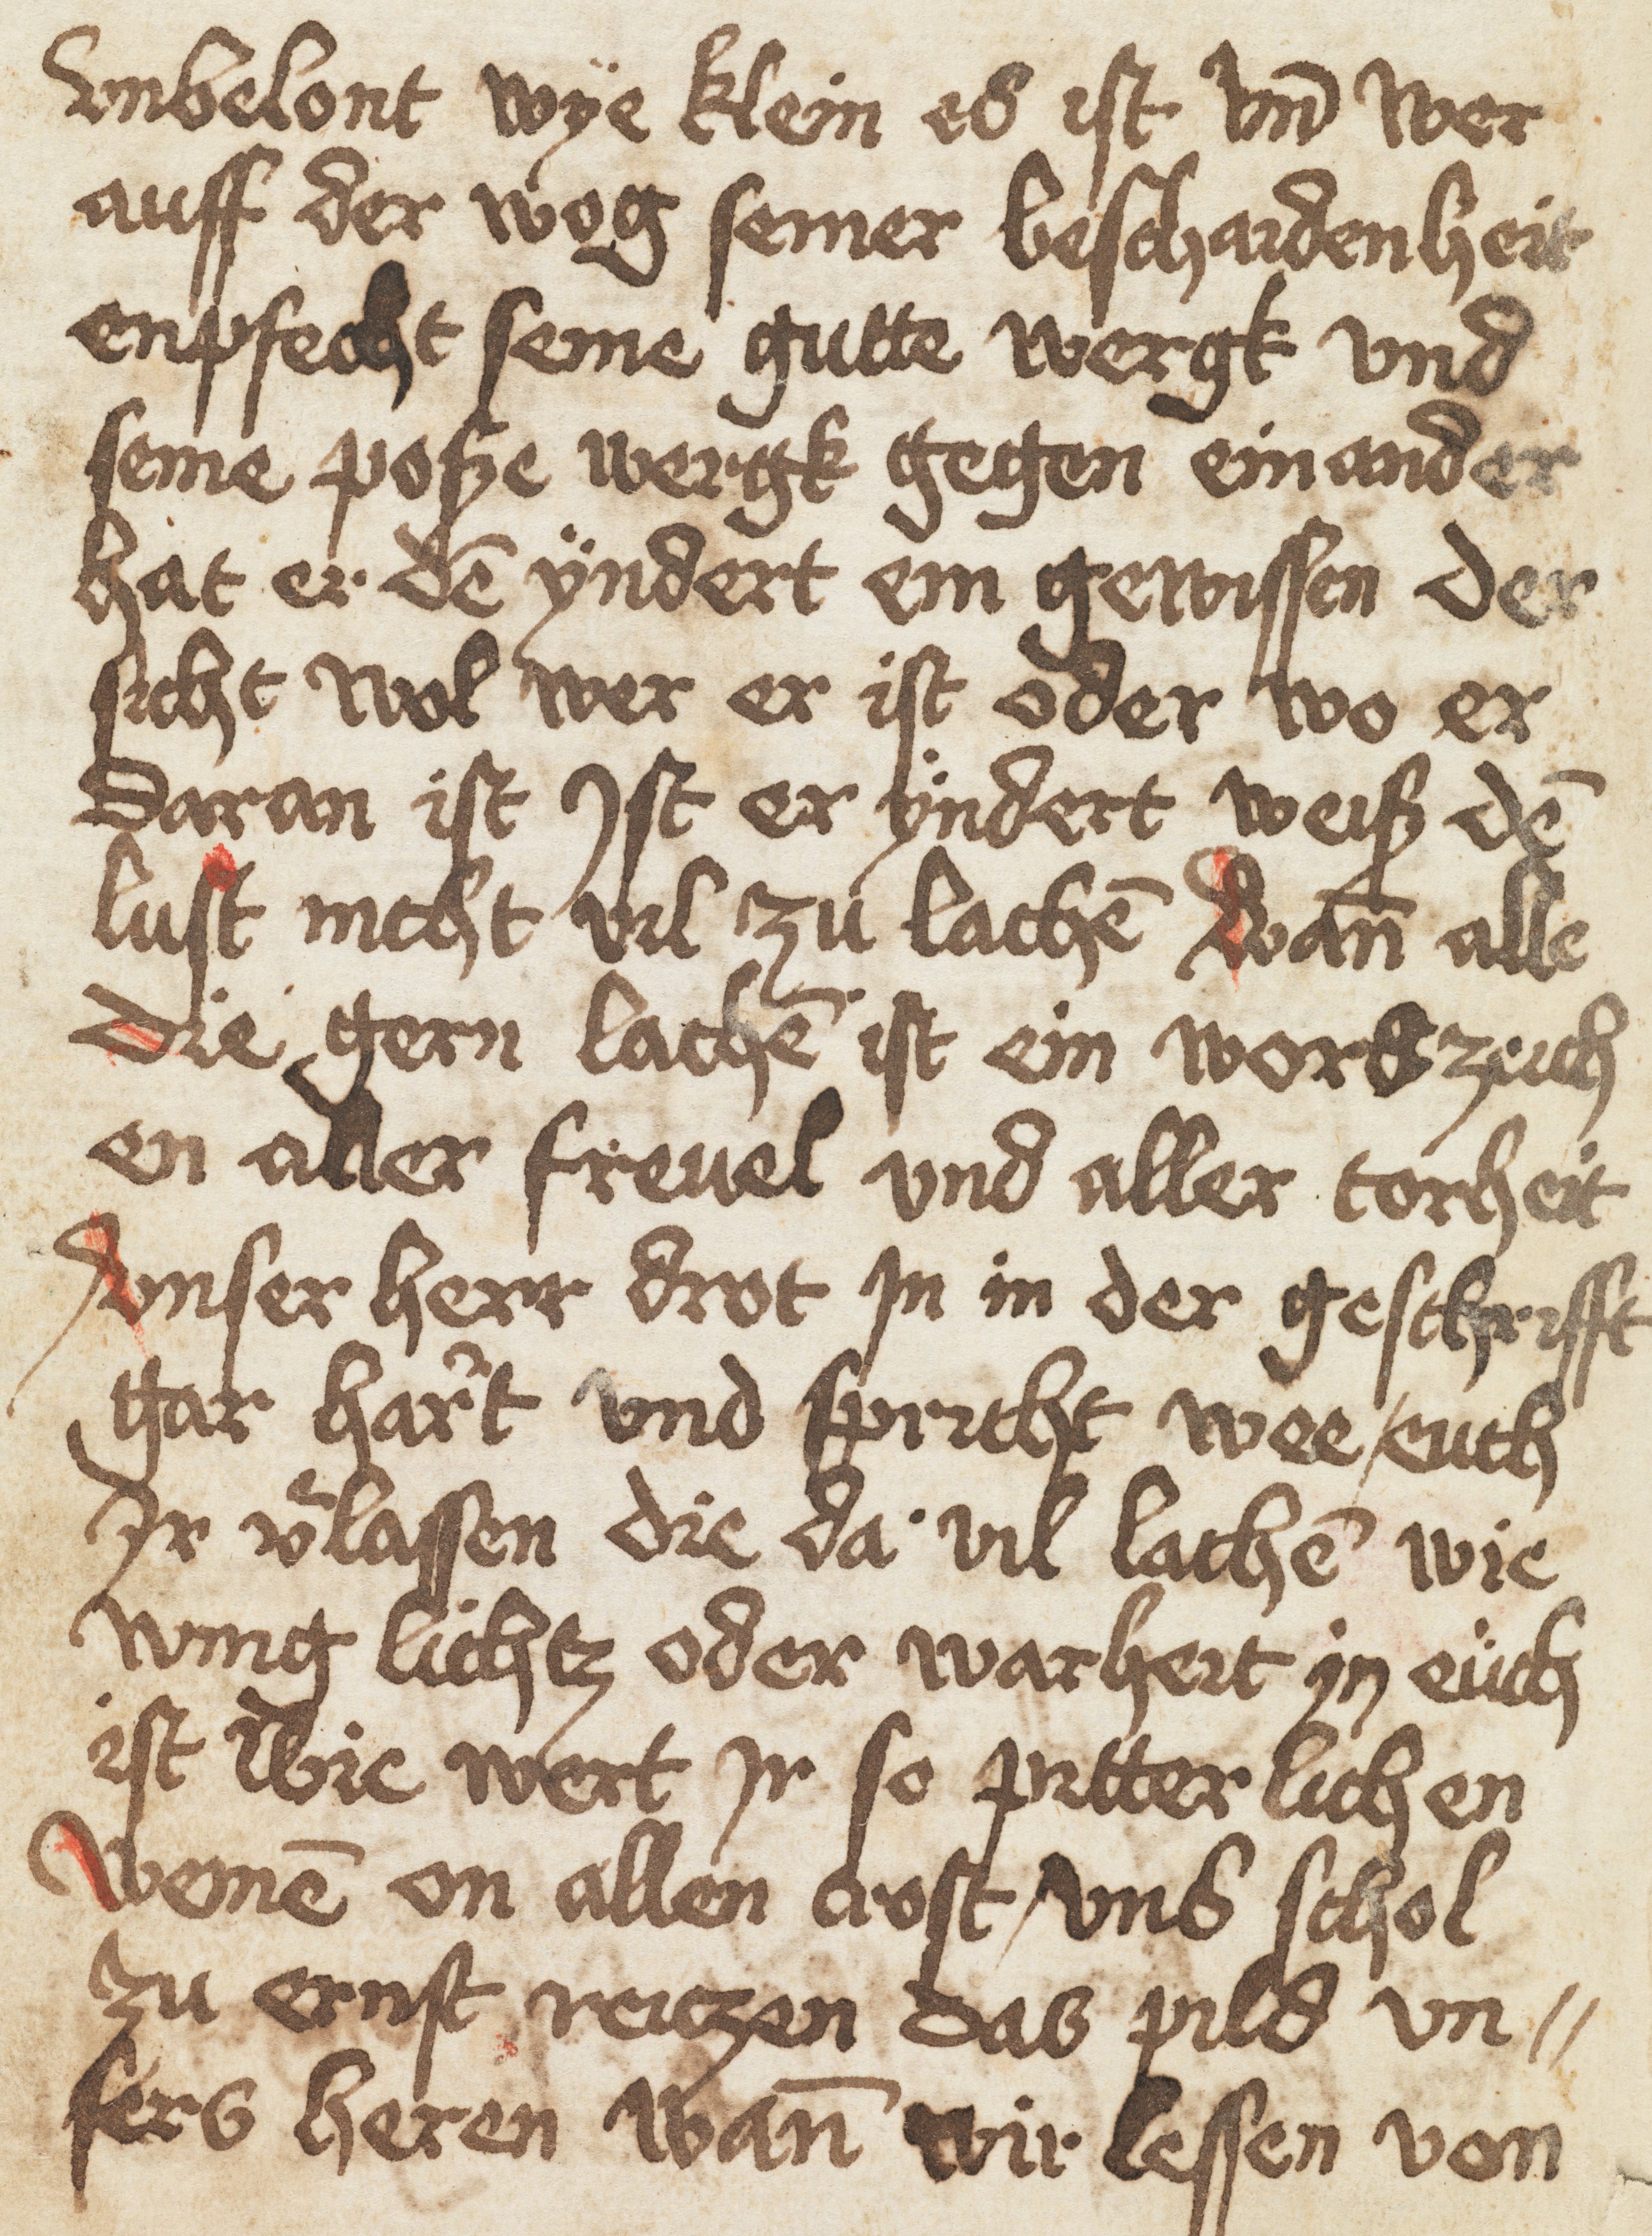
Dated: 1400–1499